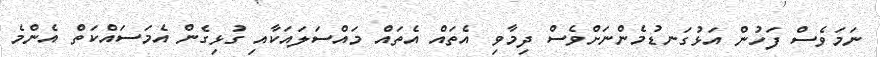
ނަމަވެސް ފަހުން އަޅުގަނޑުމެންނަށްވެސް ދިމާވި އެތައް އެތައް މައްސަލައަކާއި ގުޅިގެން އެމަސައްކަތް އެންމެ